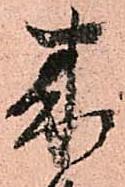
来